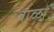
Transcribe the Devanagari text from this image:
बाळां